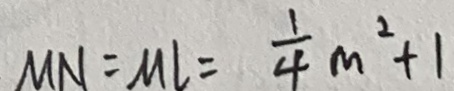
M N = M l = \frac { 1 } { 4 } m ^ { 2 } + 1